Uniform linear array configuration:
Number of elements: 8
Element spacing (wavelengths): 0.25
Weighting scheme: blackman
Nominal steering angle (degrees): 15
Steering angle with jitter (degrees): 16.451
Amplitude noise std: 0.05
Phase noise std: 0.05

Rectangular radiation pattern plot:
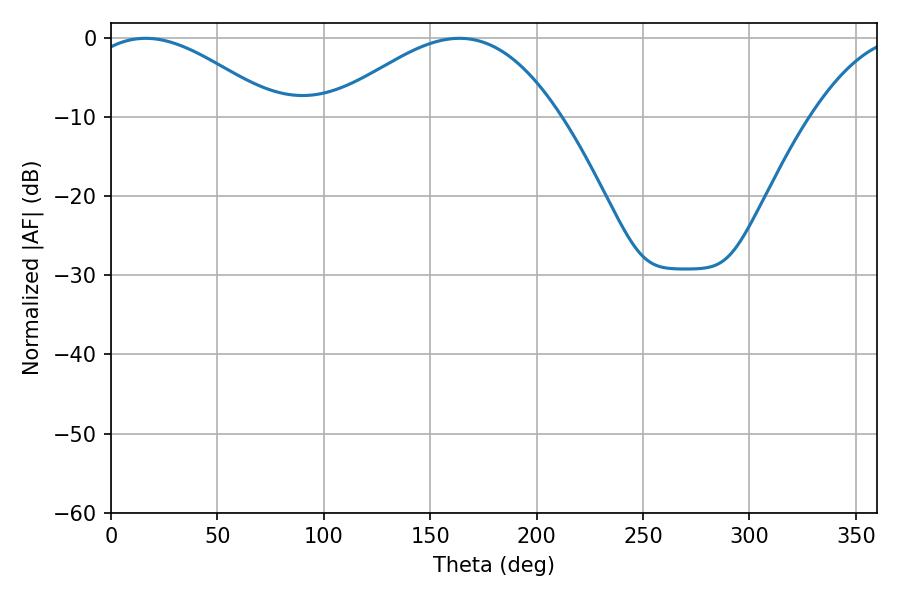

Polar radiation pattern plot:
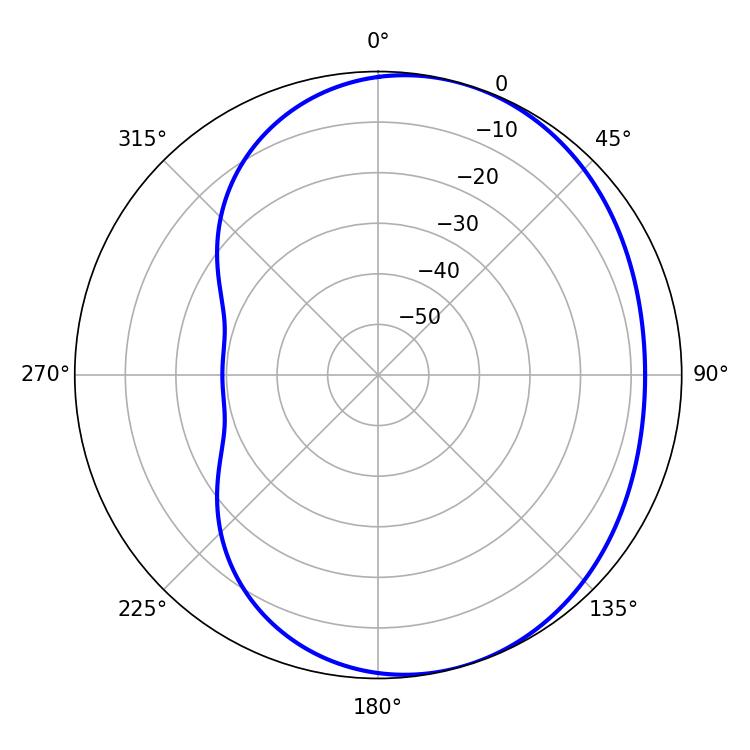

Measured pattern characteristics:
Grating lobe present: FALSE
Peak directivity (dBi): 4.049
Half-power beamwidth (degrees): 48.42
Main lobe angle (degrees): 16.2